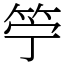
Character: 䇡